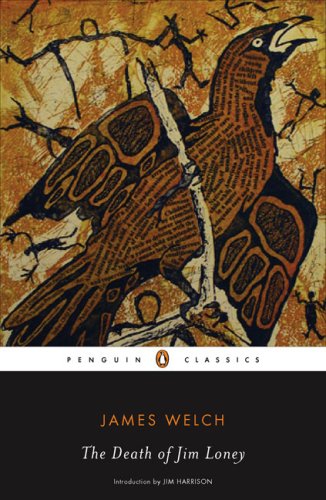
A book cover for The Death of Jim Loney (Penguin Classics); James Welch; Literature & Fiction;